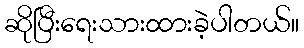
ဆိုပြီးရေးသားထားခဲ့ပါတယ်။